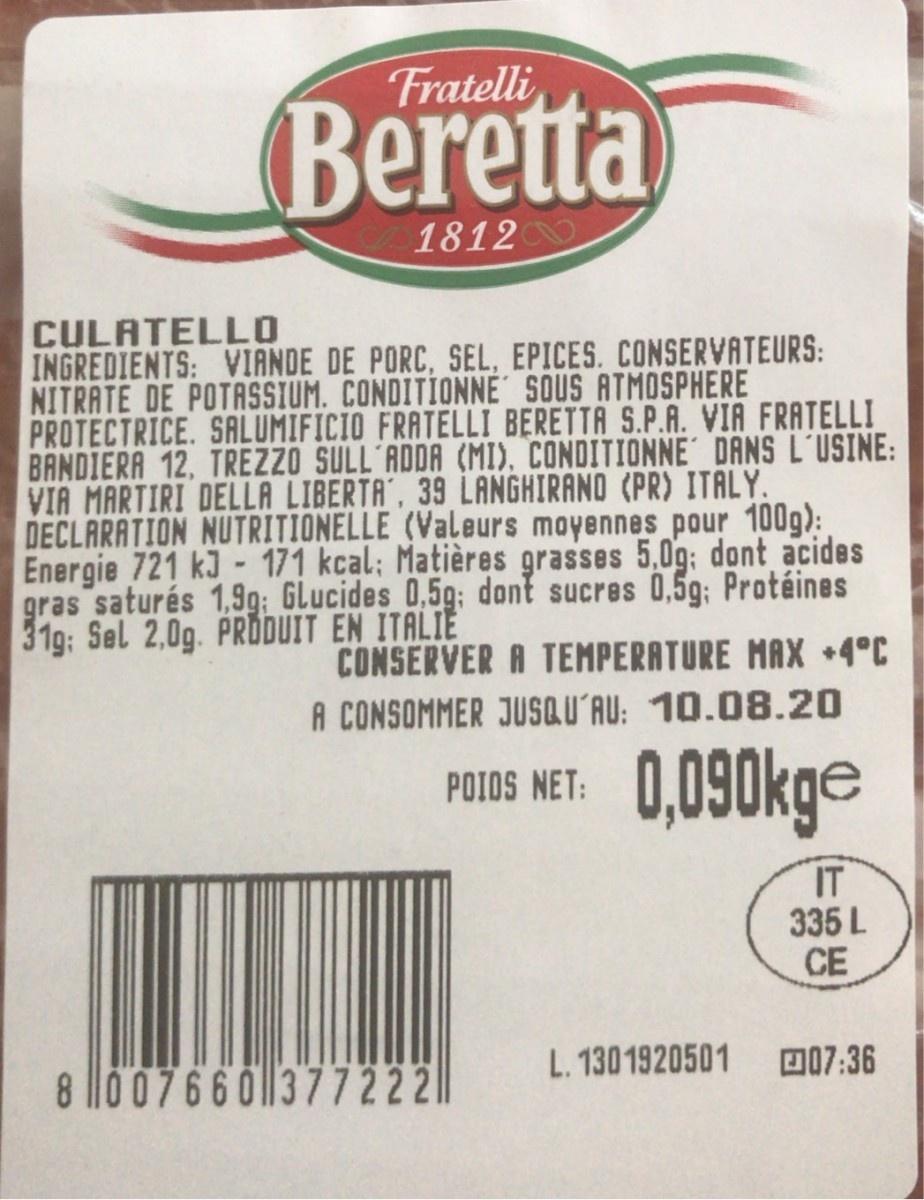
Fratelli
Beretta
1812
CULATELLO INGREDIENTS: VIANDE DE PORC, SEL, EPICES. CONSERVATEURS: NITRATE DE POTASSIUM. CONDITIONNÉ SOUS ATMOSPHERE PROTECTRICE. SALUMIFICIO FRATELLI BERETTA S.P.A. VIA FRATELLI BANDIERA 12, TREZZO SULL ADDA (MI), CONDITIONNE' DANS L´USINE: VIA MARTIRI DELLA LIBERTA', 39 LANGHIRAND (PR) ITALY. DECLARATION NUTRITIONELLE (Valeurs moyennes pour 100g): Energie 721 kJ - 171 kcal: Matières grasses 5,0g; dont acides gras saturés 1,9g; GLucides 0,5g: dont sucres 0,5g; Protéines 31g: Sel 2,0g. PRODUIT EN ITALIE
CONSERVER A TEMPERATURE MAX •4°C
A CONSOMMER JUSQU'AU: 10.08.20
0,090kge
POIOS NET:
IT 335 L CE
8 l0 0766 03772221
L. 1301920501
D07:36